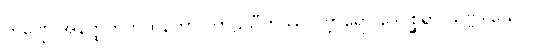
ကဏ္ဌေ အနတ္ထတကထိနတာ ကာဠသီဟဿ ပဗ္ဘာရော ဒေဝစ္ဆရာ သဗ္ဗဒါယေဝ